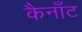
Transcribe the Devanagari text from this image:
कैनाँट